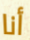
أنا